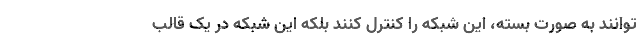
توانند به صورت بسته، این شبکه را کنترل کنند بلکه این شبکه در یک قالب